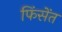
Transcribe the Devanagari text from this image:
फिंसेंत